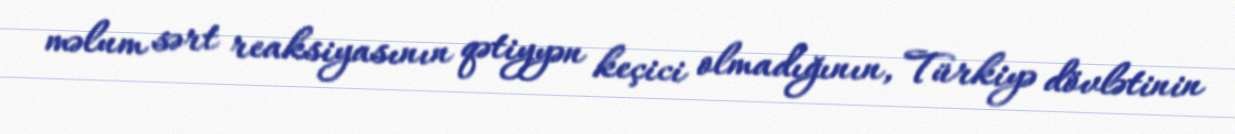
məlum sərt reaksiyasının qətiyyən keçici olmadığının, Türkiyə dövlətinin